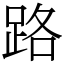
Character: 路